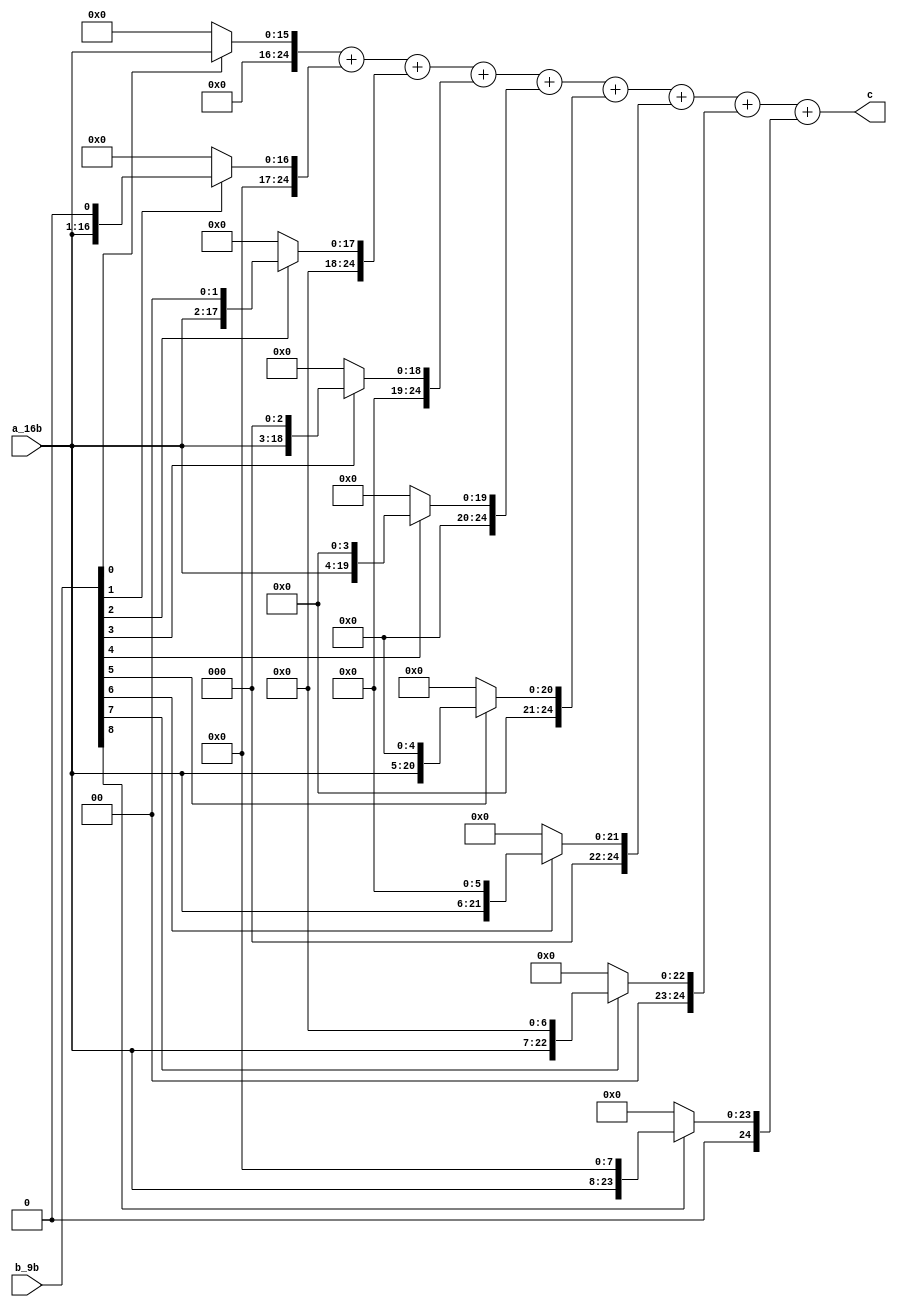
`timescale 1ns / 1ps
//////////////////////////////////////////////////////////////////////////////////
// Module Name: mult_16_9
// Description: 169,
//////////////////////////////////////////////////////////////////////////////////
module mult_16_9(
        input [15:0]    a_16b   ,
        input [8:0]     b_9b    ,
        
        output [24:0]   c
    );
    
    wire [24:0] PP[8:0];
    
    assign PP[0] = b_9b[0]?{9'b0,a_16b}:25'b0;
    assign PP[1] = b_9b[1]?{8'b0,a_16b,1'b0}:25'b0;
    assign PP[2] = b_9b[2]?{7'b0,a_16b,2'b0}:25'b0;
    assign PP[3] = b_9b[3]?{6'b0,a_16b,3'b0}:25'b0;
    assign PP[4] = b_9b[4]?{5'b0,a_16b,4'b0}:25'b0;
    assign PP[5] = b_9b[5]?{4'b0,a_16b,5'b0}:25'b0;
    assign PP[6] = b_9b[6]?{3'b0,a_16b,6'b0}:25'b0;
    assign PP[7] = b_9b[7]?{2'b0,a_16b,7'b0}:25'b0;
    assign PP[8] = b_9b[8]?{1'b0,a_16b,8'b0}:25'b0;
    
    assign c = PP[0]+PP[1]+PP[2]+PP[3]+PP[4]+PP[5]+PP[6]+PP[7]+PP[8];
endmodule